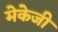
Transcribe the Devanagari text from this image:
मेकेजी